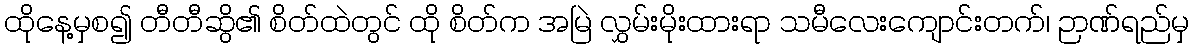
ထိုနေ့မှစ၍ တီတီဆွိ၏ စိတ်ထဲတွင် ထို စိတ်က အမြဲ လွှမ်းမိုးထားရာ သမီလေးကျောင်းတက်၊ ဉာဏ်ရည်မှ